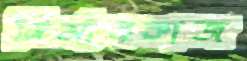
নির্মানকাজ